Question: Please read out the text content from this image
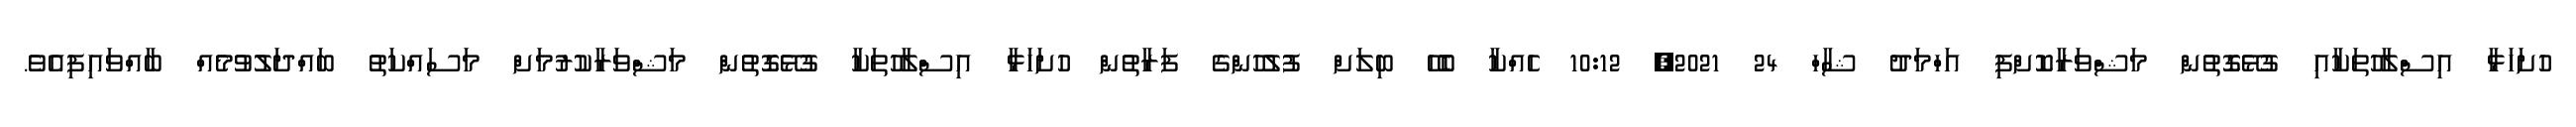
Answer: ހުށަހަޅާ އިސްލާހުތަކާއި ގުޅޭގޮތުން މަޝްވަރާކޮށްފި އަހްމަދު ޝާހް 24 2021, 10:12 ހެއްކާ ބެހޭ ބިލަށް ފުލުހުންގެ ފަރާތުން ހުށަހަޅާ އިސްލާހުތަކާ ގުޅޭގޮތުން މަޝްވަރާކުރުމަށް މަސައްކަތު ބައްދަލުވުމެއް ބާއްވައިފިއެވެ.